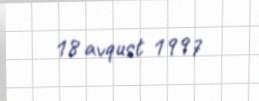
18 avqust 1997